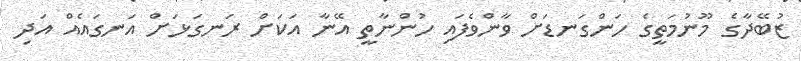
ޒުބޭދާގެ މޫނުމަތީގެ ހަންގަނޑަށް ވާންވެފައި ހުންނާތީ އޭނާ އަކަށް ރަނގަޅަށް އަނގައެއް އަދި